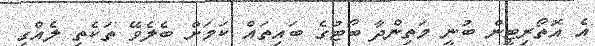
އެ އޮތޯރިޓީން ބުނީ މަތިންދާ ބޯޓުގެ ބައިތައް ކަމަށް ބެލެވޭ ތަކެތި ލެއްގި